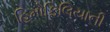
હિમોફિલિયાની